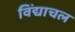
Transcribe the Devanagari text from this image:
विंद्याचल